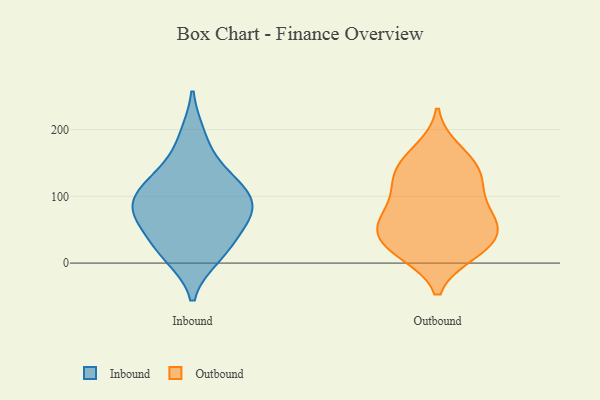
{"axis": {"x": "Waste Production (Tons)", "y": "Value"}, "legend": ["Inbound", "Outbound"], "data": [{"x": "", "y": 16, "type": "Inbound"}, {"x": "", "y": 34, "type": "Inbound"}, {"x": "", "y": 88, "type": "Inbound"}, {"x": "", "y": 112, "type": "Inbound"}, {"x": "", "y": 141, "type": "Inbound"}, {"x": "", "y": 63, "type": "Inbound"}, {"x": "", "y": 82, "type": "Inbound"}, {"x": "", "y": 92, "type": "Inbound"}, {"x": "", "y": 10, "type": "Inbound"}, {"x": "", "y": 69, "type": "Inbound"}, {"x": "", "y": 123, "type": "Inbound"}, {"x": "", "y": 191, "type": "Inbound"}, {"x": "", "y": 168, "type": "Outbound"}, {"x": "", "y": 115, "type": "Outbound"}, {"x": "", "y": 73, "type": "Outbound"}, {"x": "", "y": 16, "type": "Outbound"}, {"x": "", "y": 145, "type": "Outbound"}, {"x": "", "y": 25, "type": "Outbound"}, {"x": "", "y": 71, "type": "Outbound"}, {"x": "", "y": 53, "type": "Outbound"}, {"x": "", "y": 30, "type": "Outbound"}, {"x": "", "y": 17, "type": "Outbound"}, {"x": "", "y": 125, "type": "Outbound"}, {"x": "", "y": 58, "type": "Outbound"}, {"x": "", "y": 56, "type": "Outbound"}, {"x": "", "y": 150, "type": "Outbound"}, {"x": "", "y": 112, "type": "Outbound"}]}